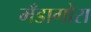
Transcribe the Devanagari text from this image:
मँडागोरा